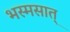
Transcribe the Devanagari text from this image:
भस्मसात्‌